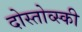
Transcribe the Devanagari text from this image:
दोस्तोव्स्की